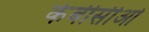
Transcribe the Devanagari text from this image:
केबीसीओ